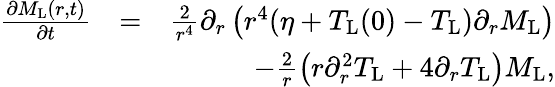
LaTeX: \begin{array}{rlr}{\frac{\partial M_{\mathrm{L}}(r,t)}{\partial t}}&{=}&{\frac{2}{r^{4}}\partial_{r}\left(r^{4}(\eta+T_{\mathrm{L}}(0)-T_{\mathrm{L}})\partial_{r}M_{\mathrm{L}}\right)}\\ &{}&{-\frac{2}{r}\left(r\partial_{r}^{2}T_{\mathrm{L}}+4\partial_{r}T_{\mathrm{L}}\right)M_{\mathrm{L}},}\end{array}